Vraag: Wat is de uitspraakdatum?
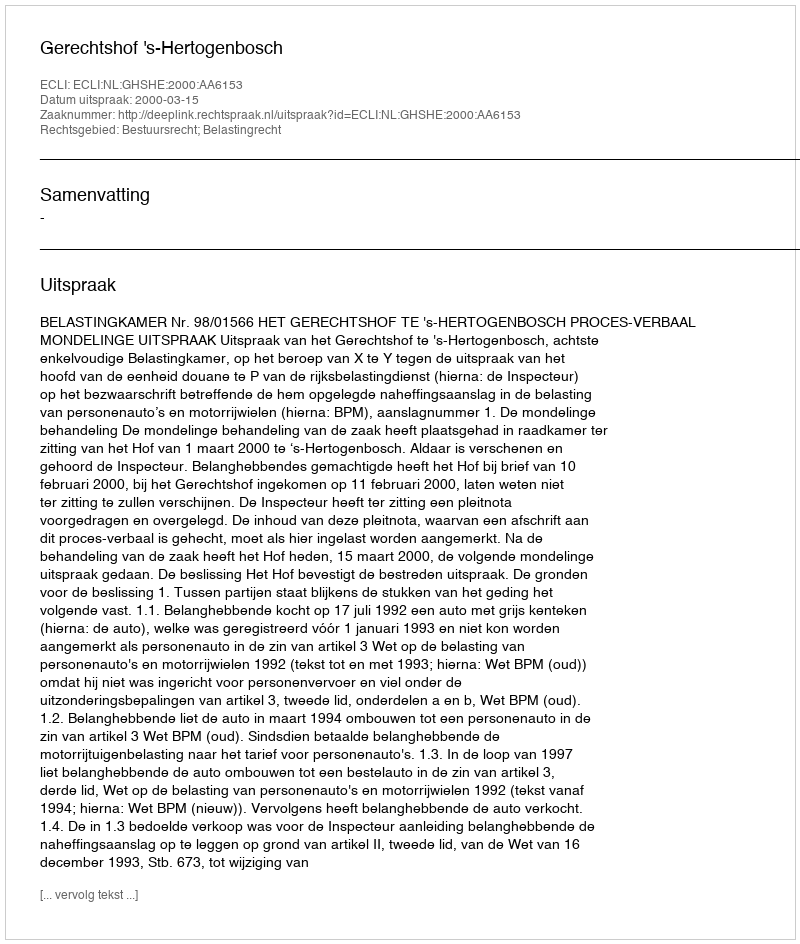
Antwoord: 2000-03-15